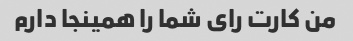
من کارت رای شما را همینجا دارم